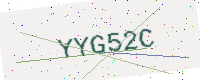
Text: YYG52C